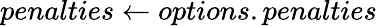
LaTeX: penalties\gets options.penalties